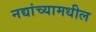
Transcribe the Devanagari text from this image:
नद्यांच्यामधील